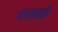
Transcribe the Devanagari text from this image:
पंचाशती